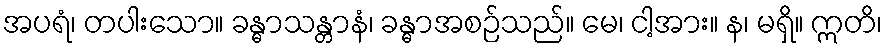
အပရံ၊ တပါးသော။ ခန္ဓာသန္တာနံ၊ ခန္ဓာအစဉ်သည်။ မေ၊ ငါ့အား။ န၊ မရှိ။ ဣတိ၊